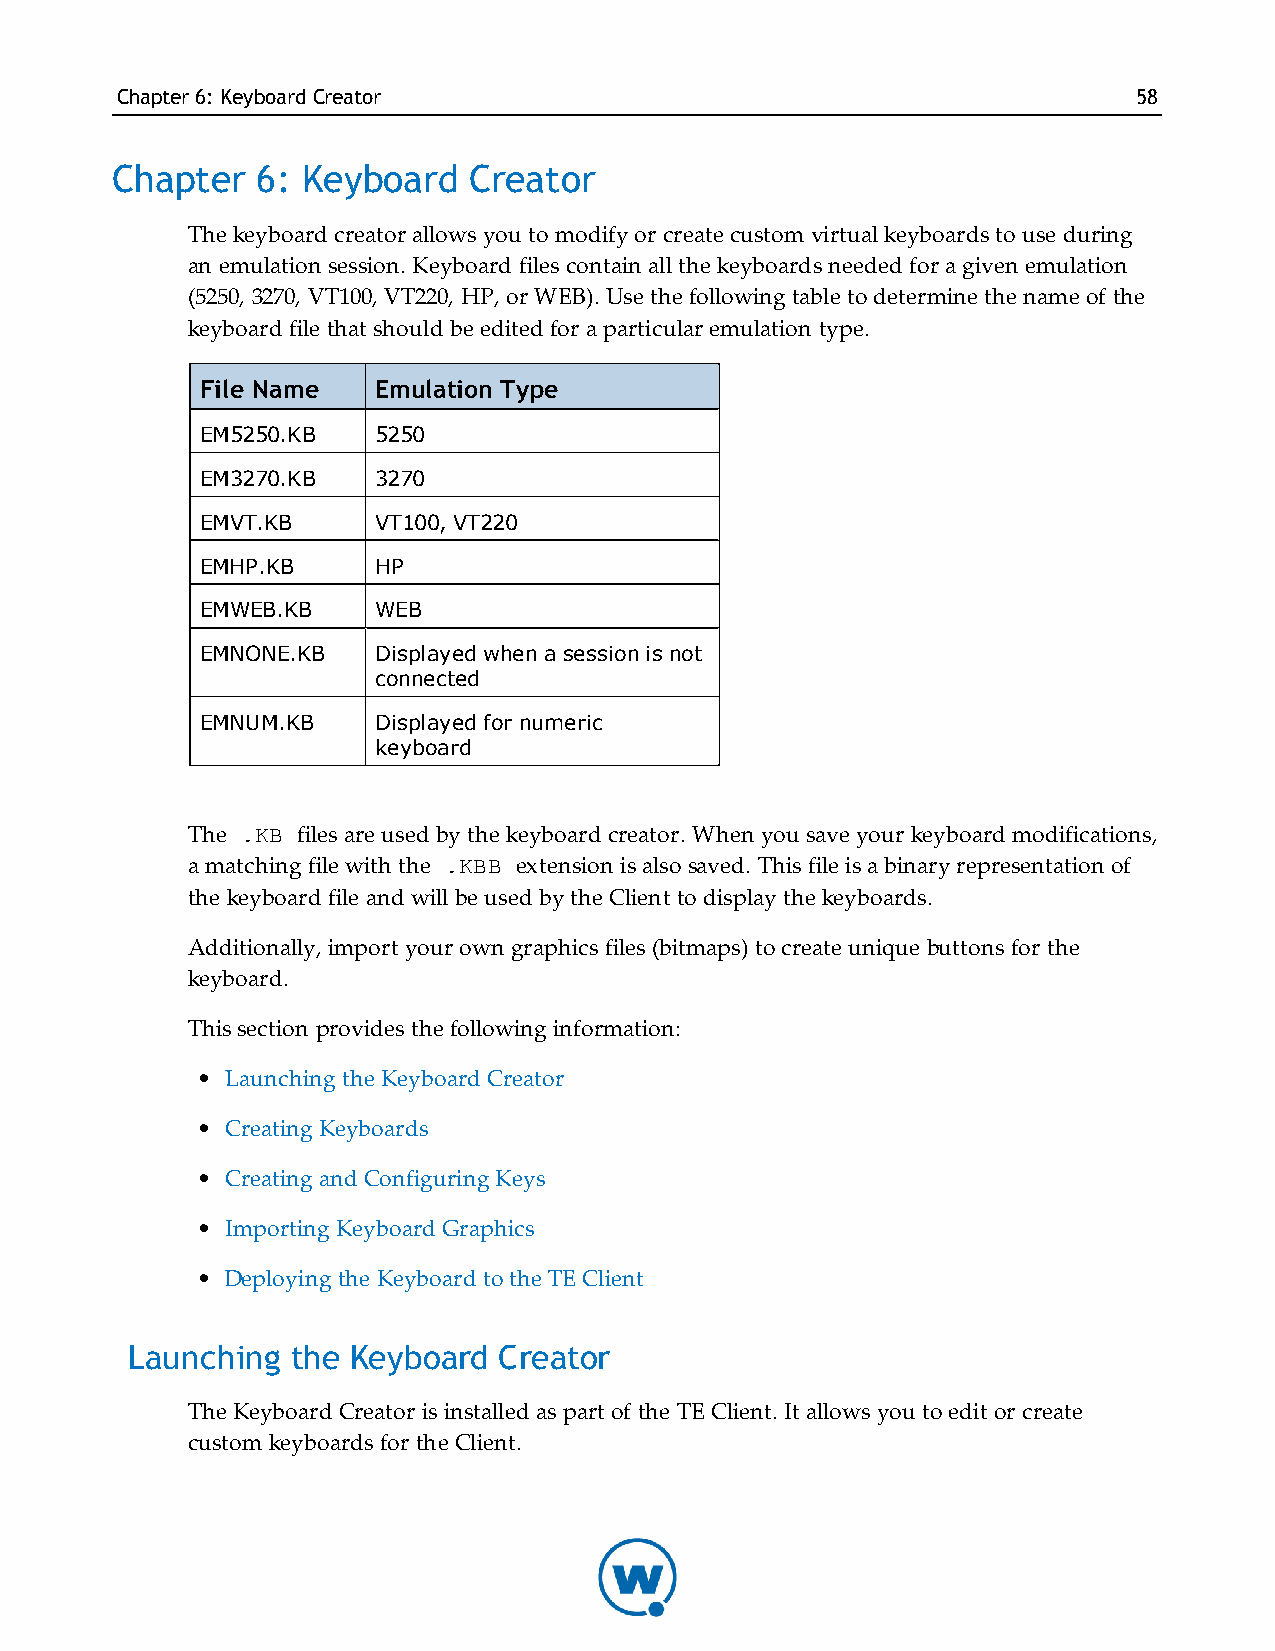
Chapter6: KeyboardCreator                                          58
 Chapter   6: Keyboard   Creator
 The keyboard creator allows you to modify or create custom virtual keyboards to use during
 an emulation session. Keyboard files contain all the keyboards needed for a given emulation
 (5250, 3270, VT100, VT220, HP, or WEB). Use the following table t o determine the name of the
 keyboard file that should be edited for a particular emulation type.
 File Name   Emulation Type
 EM5250.KB   5250
 EM3270.KB   3270
 EMVT.KB     VT100, VT220
 EMHP.KB     HP
 EMWEB.KB    WEB
 EMNONE.KB   Displayed when a session is not
 connected
 EMNUM.KB    Displayed for numeric
 keyboard
 The .KB files are used by the keyboard creator. When you save your keyboard modifications,
 a matching file with the .KBB extension is also saved. This file is a binary representation of
 the keyboard file and will be used by the Client to display the keyboards.
 Additionally, import your own graphics files (bitmaps) to create unique buttons for the
 keyboard.
 This section provides the following information:
 • Launching the Keyboard Creator
 • Creating Keyboards
 • Creating and Configuring Keys
 • Importing Keyboard Graphics
 • Deploying the Keyboard to the TE Client
 Launching  the Keyboard  Creator
 The Keyboard Creator is installed as part of the TE Client. It allows you to edit or create
 custom keyboards for the Client.